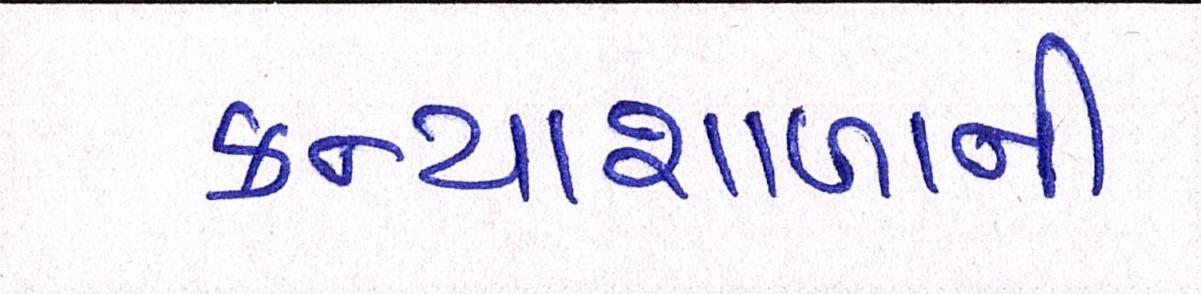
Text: કન્યાશાળાની